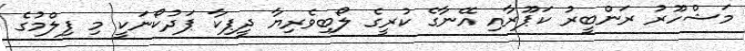
މަޝްހޫރު ރަންބީރު ކަޕޫރާއި އޭނާގެ ކުރީގެ ލޯބިވެރިޔާ ދީޕިކާ ޕަދުކޯނަކީ މި ފިލްމުގެ